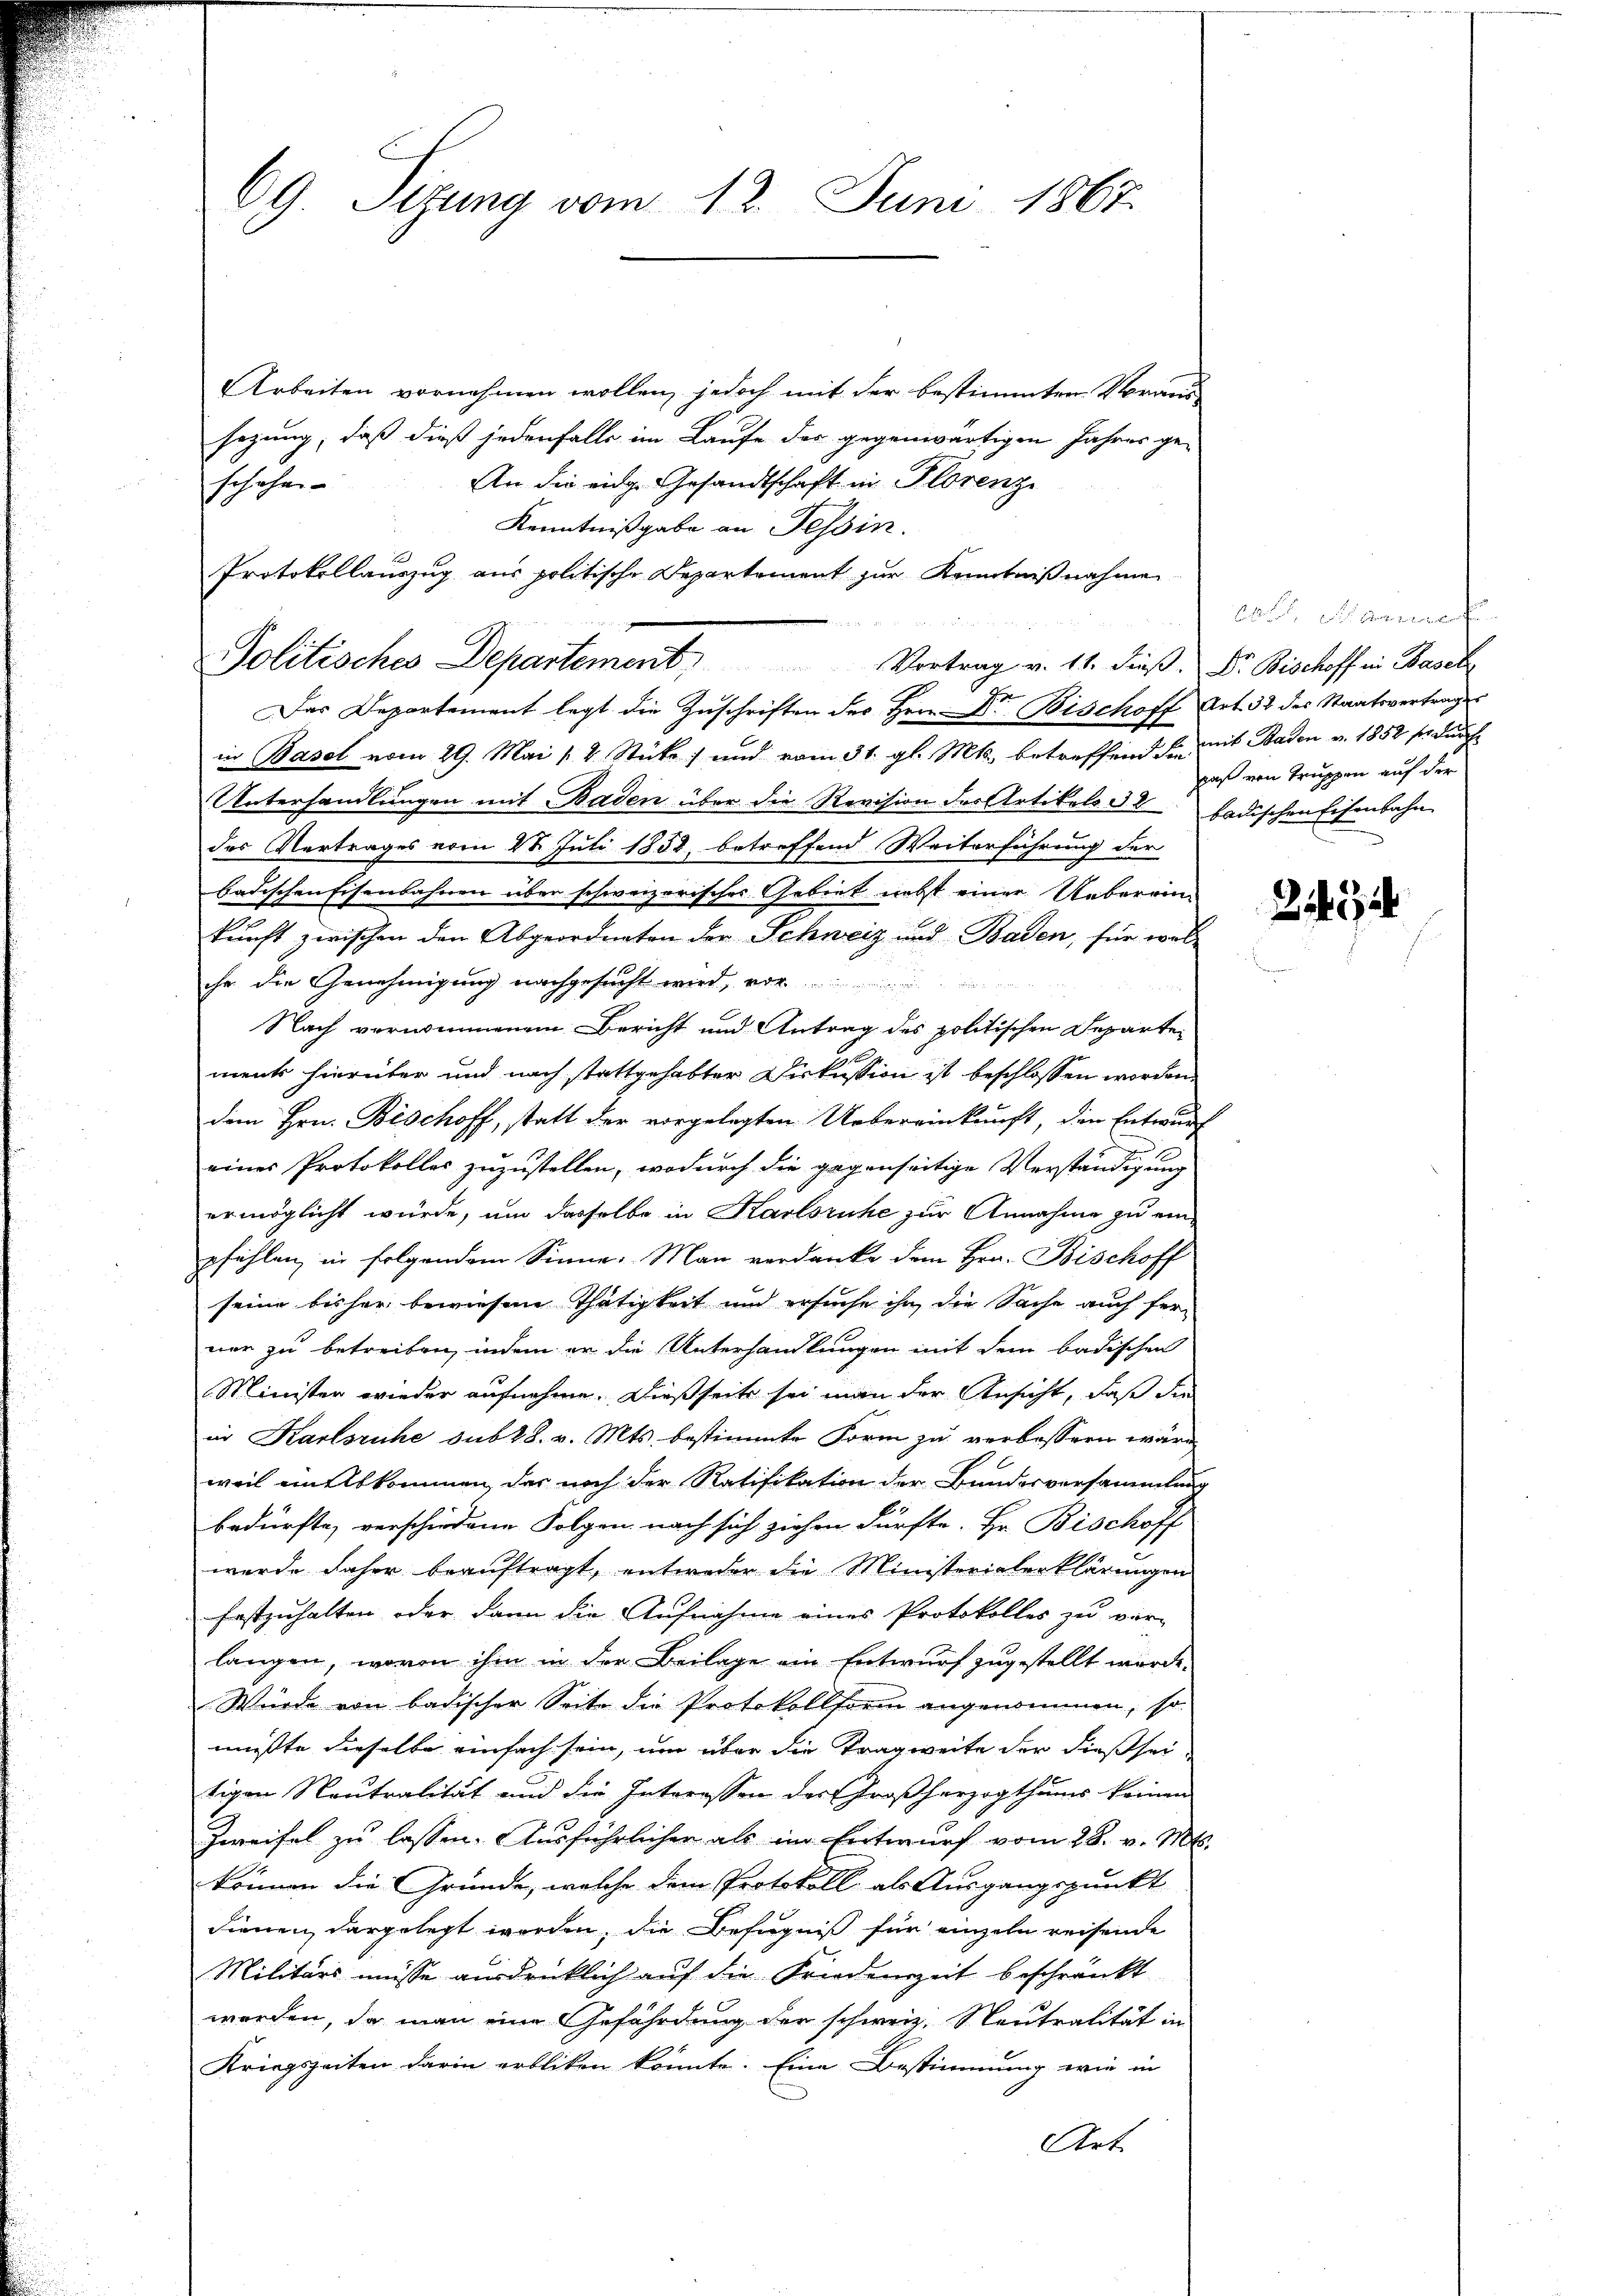
69. Sizung vom 12. Juni 1867.

Arbeiten vornehmen wollen, jedoch mit der bestimmten Voraussezung, daß dieß jedenfalls im Laufe der gegenwärtigen Jahres ge-
An die eidg. Gesandtschaft in Florenz
schehen.
Kenntnißgabe an Tessin.
Politisches Departement. Vortrag v. 11. dieβ. Dr. Bischoff in Basel
Das Departement legt die Zuschriften des Hrn. Dr. Bischoff Art. 32 des Staatsvertrages
in Basel vom 29. Mai 12 Stücke und vom 31. gl. Mts. betreffend den mit Baden v. 1852 s. durch
Unterhandlungen mit Baden über die Revision des Artikels 32 badischen Eisenbahn
des Vertrages vom 24. Juli 1852 betreffend Weiterführung der
badischen Eisenbahnen über schweizerisches Gebiet nebst einer Ueberein-
kunft zwischen den Abgeordneten der Schweiz und Baden, für wel
ihr die Genehmigung nachgesucht wird, wor
Nach vernommenem Bericht und Antrag des politischen Departe-
ment hierüber und nach stattgehabter Diskussion ist beschlossen worden.
dem Hrn. Bischoff, statt der vorgelegten Uebereinkunft, den Entwurf
eines Protokolles zuzustellen, wodurch die gegenseitige Verständigung
ermöglicht würde, um dasselbe in Karlsruhe zur Annahme zu ein-
pfählen, in folgendem Sinne. Man verdanke dem Hrn. Bischoff
seine bisher bewiesene Thätigkeit und ersuche ihn die Sache auch fer-
ner zu betreiben, indem er die Unterhandlungen mit dem badischen
Minister wieder aufnehme. Dießseits sei man der Ansicht, daß die
in Karlsruhe sub 28. v. Mts. bestimmte Form zu verbessen wäre,
weil ein Abkommen, das noch der Ratifikation der Bundesversammlung
bedürfte, verschiedene Folgen nach sich ziehen dürfte. Hr. Bischoff
wurde daher beauftragt, entweder die Ministerialerklärungen
festzuhalten oder dann die Aufnahme eines Protokolles zu ver-
langen, worin ihm in der Beilage ein Entwurf zugestellt werde.
Wurde von badischer Seite die Protokollsarm angenommen, so
mußte dieselbe einfach sein, um über die Tragweite der dießseitigen Neutralität und die Interessen der Großherzogthums keinen
Zweifel zu lassen. Ausführlicher als im Entwurf vom 28. v. Mts.
können die Gründe, welche dem Protokoll als Ausgangspunkt
dienen dargelegt worden, die Befugniß für einzeln reisende
Militärs müsse ausdrücklich auf die Friedenszeit beschränkt
werden, da man eine Gefährdung der schweiz. Neutralität in
Kriegszeiten darin erbliken könnte. Eine Bestimmung wie in
Art.

Protokollauszug aus politische Departement zur Kenntnißnahme

0 Mannes
paß von Truppen auf der

2434